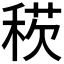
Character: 𥟕